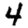
Digit: 4